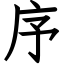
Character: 序